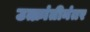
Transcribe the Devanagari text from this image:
उत्क्रांतीनंतर